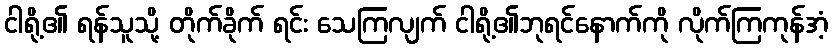
ငါရို့၏ ရန်သူသို့ တိုက်ခိုက် ရင်း သေကြလျက် ငါရို့၏ဘုရင်နောက်ကို လိုက်ကြကုန်အံ့